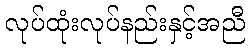
လုပ်ထုံးလုပ်နည်းနှင့်အညီ